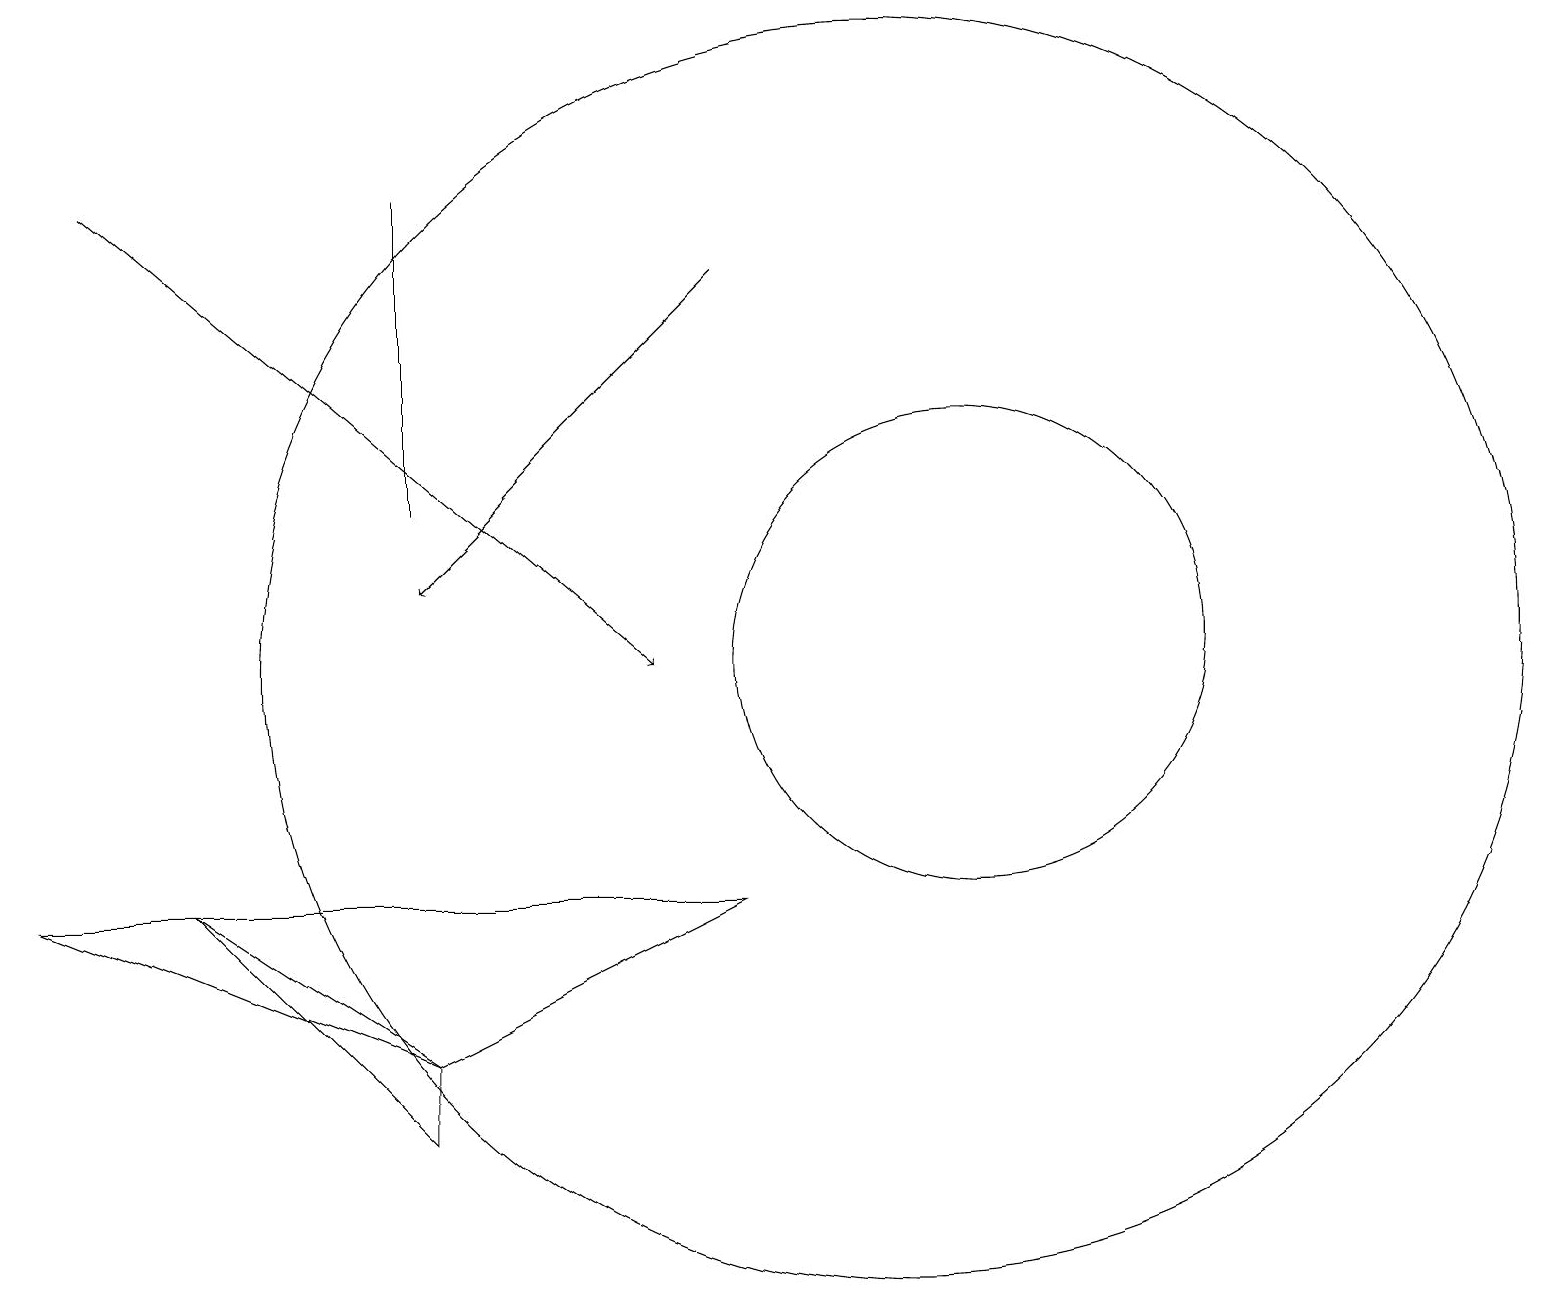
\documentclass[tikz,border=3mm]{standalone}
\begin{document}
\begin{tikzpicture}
\draw (5,6) -- (2,9) -- (5,7) -- cycle;
\draw (9,9) -- (0,9) -- (5,7) -- cycle;
\draw (12,12) circle (3);
\draw (11,12) circle (8);
\draw (5,14) rectangle (5,18);
\draw[->] (9,17) -- (5,13);
\draw (10,10) circle (0);
\draw[->] (1,18) -- (8,12);
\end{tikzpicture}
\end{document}